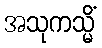
အသုကသ္မိံ